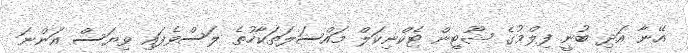
އޭނާ އަދި ބުނީ ފިލްމުގެ ޝޫޓިން ޓެކްނިކަލް މައްސަލަތަކާހުތެ ލަސްވެފައި ވިޔަސް އަންނަ